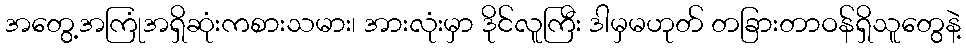
အတွေ့အကြုံအရှိဆုံးကစားသမား၊ အားလုံးမှာ ဒိုင်လူကြီး ဒါမှမဟုတ် တခြားတာဝန်ရှိသူတွေနဲ့